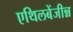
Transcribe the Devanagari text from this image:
एथिलबेंजीन्न